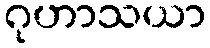
ဂုဟာသယာ